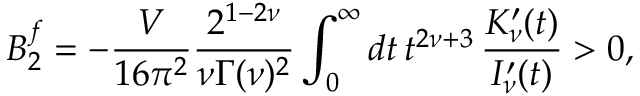
B _ { 2 } ^ { f } = - \frac { V } { 1 6 \pi ^ { 2 } } \frac { 2 ^ { 1 - 2 \nu } } { \nu \Gamma ( \nu ) ^ { 2 } } \int _ { 0 } ^ { \infty } d t \, t ^ { 2 \nu + 3 } \, \frac { K _ { \nu } ^ { \prime } ( t ) } { I _ { \nu } ^ { \prime } ( t ) } > 0 ,